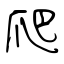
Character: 爬